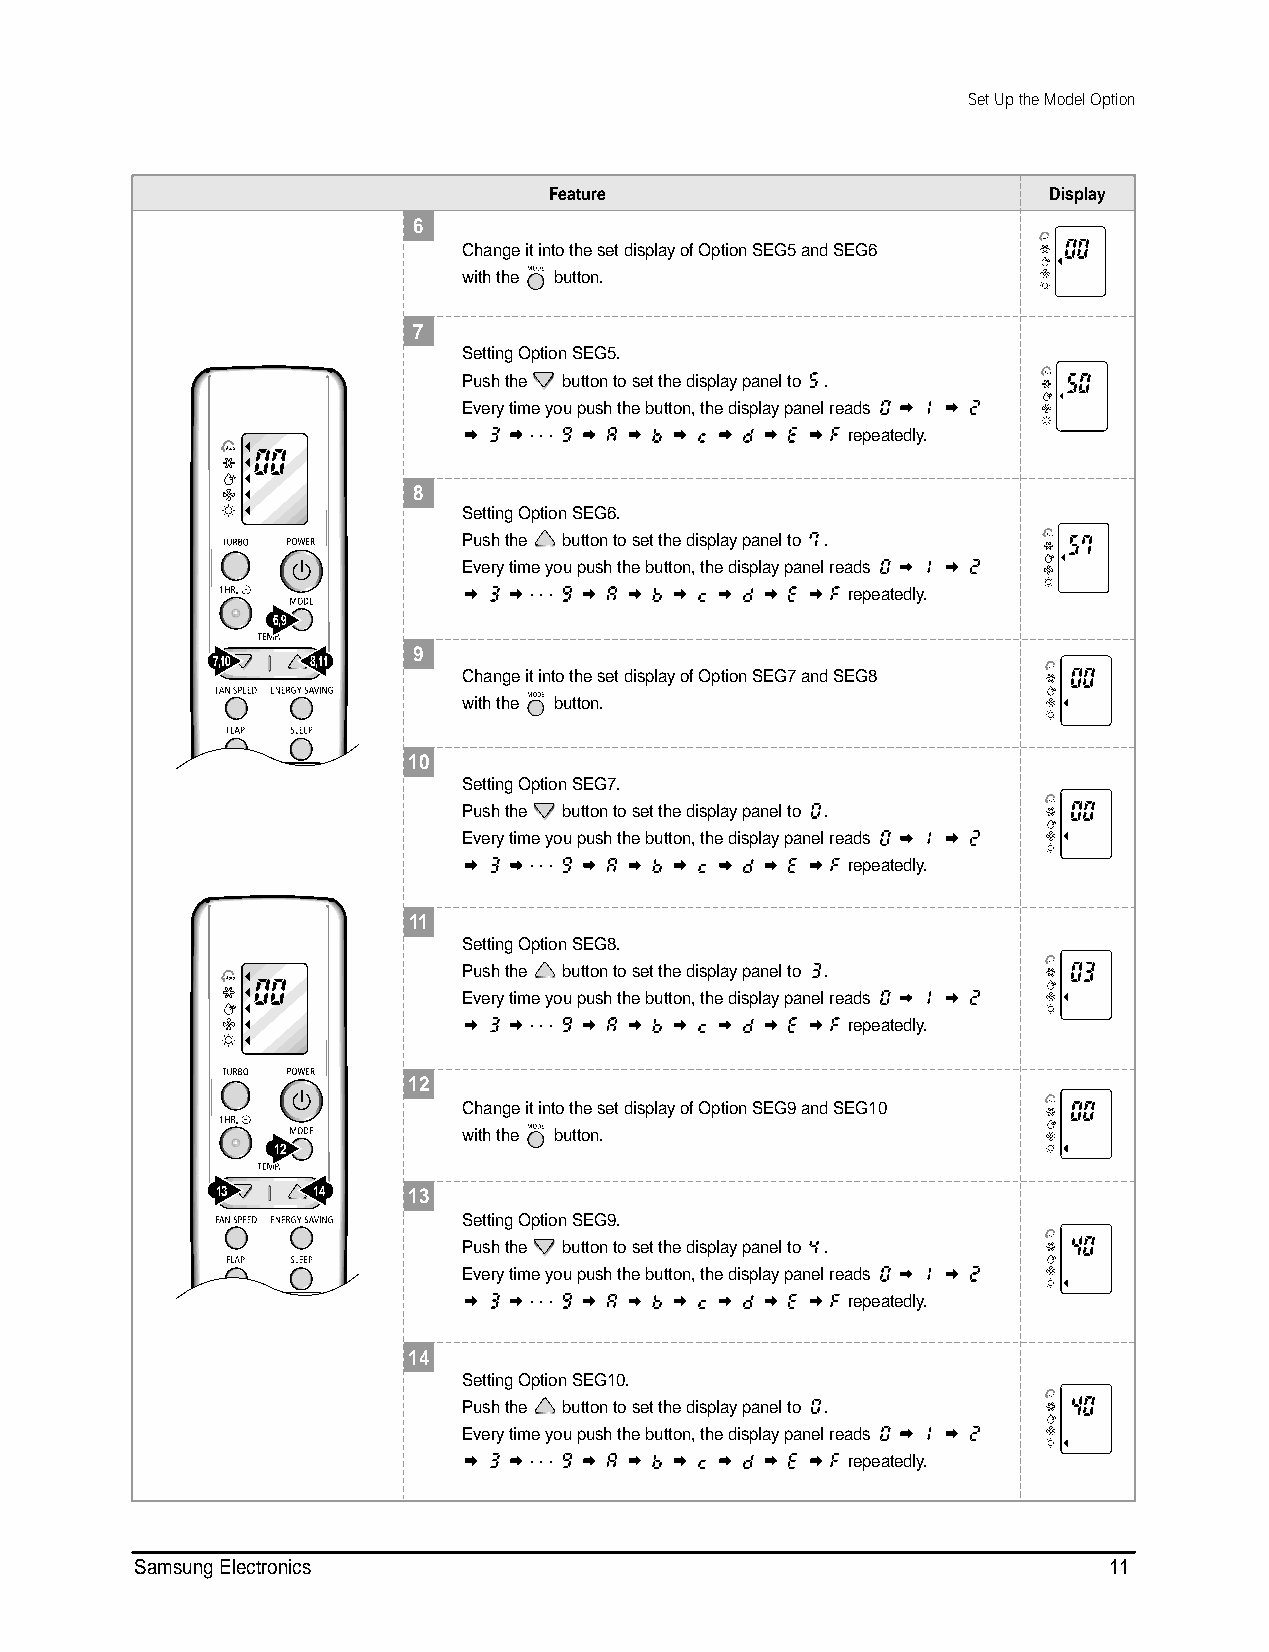
DB98_15924A(2)_1 04/3/8 11:30 AM Page 11
 Set Up the Model Option
 Feature                           Display
 6
 Change it into the set display of Option SEG5 and SEG6
 with the button.
 7
 Setting Option SEG5.
 Push the button to set the display panel to .
 Every time you push the button, the display panel reads
 . . .                repeatedly.
 8
 Setting Option SEG6.
 Push the button to set the display panel to .
 Every time you push the button, the display panel reads
 . . .                repeatedly.
 6,9
 9
 7,10   8,11
 Change it into the set display of Option SEG7 and SEG8
 with the button.
 10
 Setting Option SEG7.
 Push the button to set the display panel to .
 Every time you push the button, the display panel reads
 . . .                repeatedly.
 11
 Setting Option SEG8.
 Push the button to set the display panel to .
 Every time you push the button, the display panel reads
 . . .                repeatedly.
 12
 Change it into the set display of Option SEG9 and SEG10
 with the button.
 12
 13     14    13
 Setting Option SEG9.
 Push the button to set the display panel to .
 Every time you push the button, the display panel reads
 . . .                repeatedly.
 14
 Setting Option SEG10.
 Push the button to set the display panel to .
 Every time you push the button, the display panel reads
 . . .                repeatedly.
 Samsung Electronics                                              11